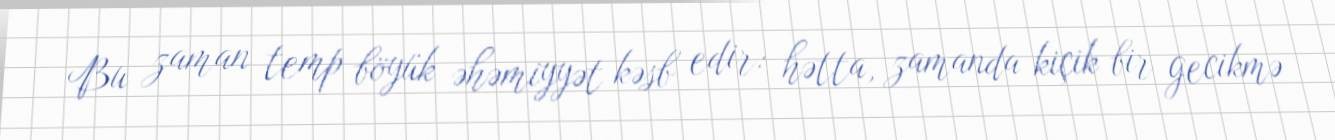
Bu zaman temp böyük əhəmiyyət kəsb edir: hətta, zamanda kiçik bir gecikmə